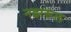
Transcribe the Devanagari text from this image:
नझरूल